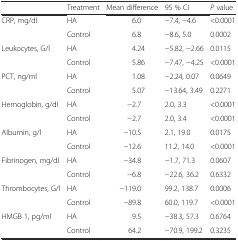
<table><thead><tr><td></td><td><b>Treatment</b></td><td><b>Mean difference</b></td><td><b>95 % CI</b></td><td><b><i>P</i> value</b></td></tr></thead><tbody><tr><td>CRP, mg/dl</td><td>HA</td><td>6.0</td><td>−7.4, −4.6</td><td>&lt;0.0001</td></tr><tr><td></td><td>Control</td><td>6.8</td><td>−8.6, 5.0</td><td>0.0002</td></tr><tr><td>Leukocytes, G/l</td><td>HA</td><td>4.24</td><td>−5.82, −2.66</td><td>0.0115</td></tr><tr><td></td><td>Control</td><td>5.86</td><td>−7.47, −4.25</td><td>&lt;0.0001</td></tr><tr><td>PCT, ng/ml</td><td>HA</td><td>1.08</td><td>−2.24, 0.07</td><td>0.0649</td></tr><tr><td></td><td>Control</td><td>5.07</td><td>−13.64, 3.49</td><td>0.2271</td></tr><tr><td>Hemoglobin, g/dl</td><td>HA</td><td>−2.7</td><td>2.0, 3.3</td><td>&lt;0.0001</td></tr><tr><td></td><td>Control</td><td>−2.7</td><td>2.0, 3.4</td><td>&lt;0.0001</td></tr><tr><td>Albumin, g/l</td><td>HA</td><td>−10.5</td><td>2.1, 19.0</td><td>0.0175</td></tr><tr><td></td><td>Control</td><td>−12.6</td><td>11.2, 14.0</td><td>&lt;0.0001</td></tr><tr><td>Fibrinogen, mg/dl</td><td>HA</td><td>−34.8</td><td>−1.7, 71.3</td><td>0.0607</td></tr><tr><td></td><td>Control</td><td>−6.8</td><td>−22.6, 36.2</td><td>0.6332</td></tr><tr><td>Thrombocytes, G/l</td><td>HA</td><td>−119.0</td><td>99.2, 138.7</td><td>0.0006</td></tr><tr><td></td><td>Control</td><td>−89.8</td><td>60.0, 119.7</td><td>&lt;0.0001</td></tr><tr><td>HMGB 1, pg/ml</td><td>HA</td><td>9.5</td><td>−38.3, 57.3</td><td>0.6764</td></tr><tr><td></td><td>Control</td><td>64.2</td><td>−70.9, 199.2</td><td>0.3235</td></tr></tbody></table>